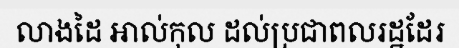
លាងដៃ អាល់កុល ដល់ប្រជាពលរដ្ឋដែរ